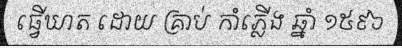
ធ្វើឃាត ដោយ គ្រាប់ កាំភ្លើង ឆ្នាំ ១៥៩៦